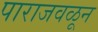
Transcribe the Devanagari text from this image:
पाराजवळून